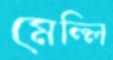
মেল্লি